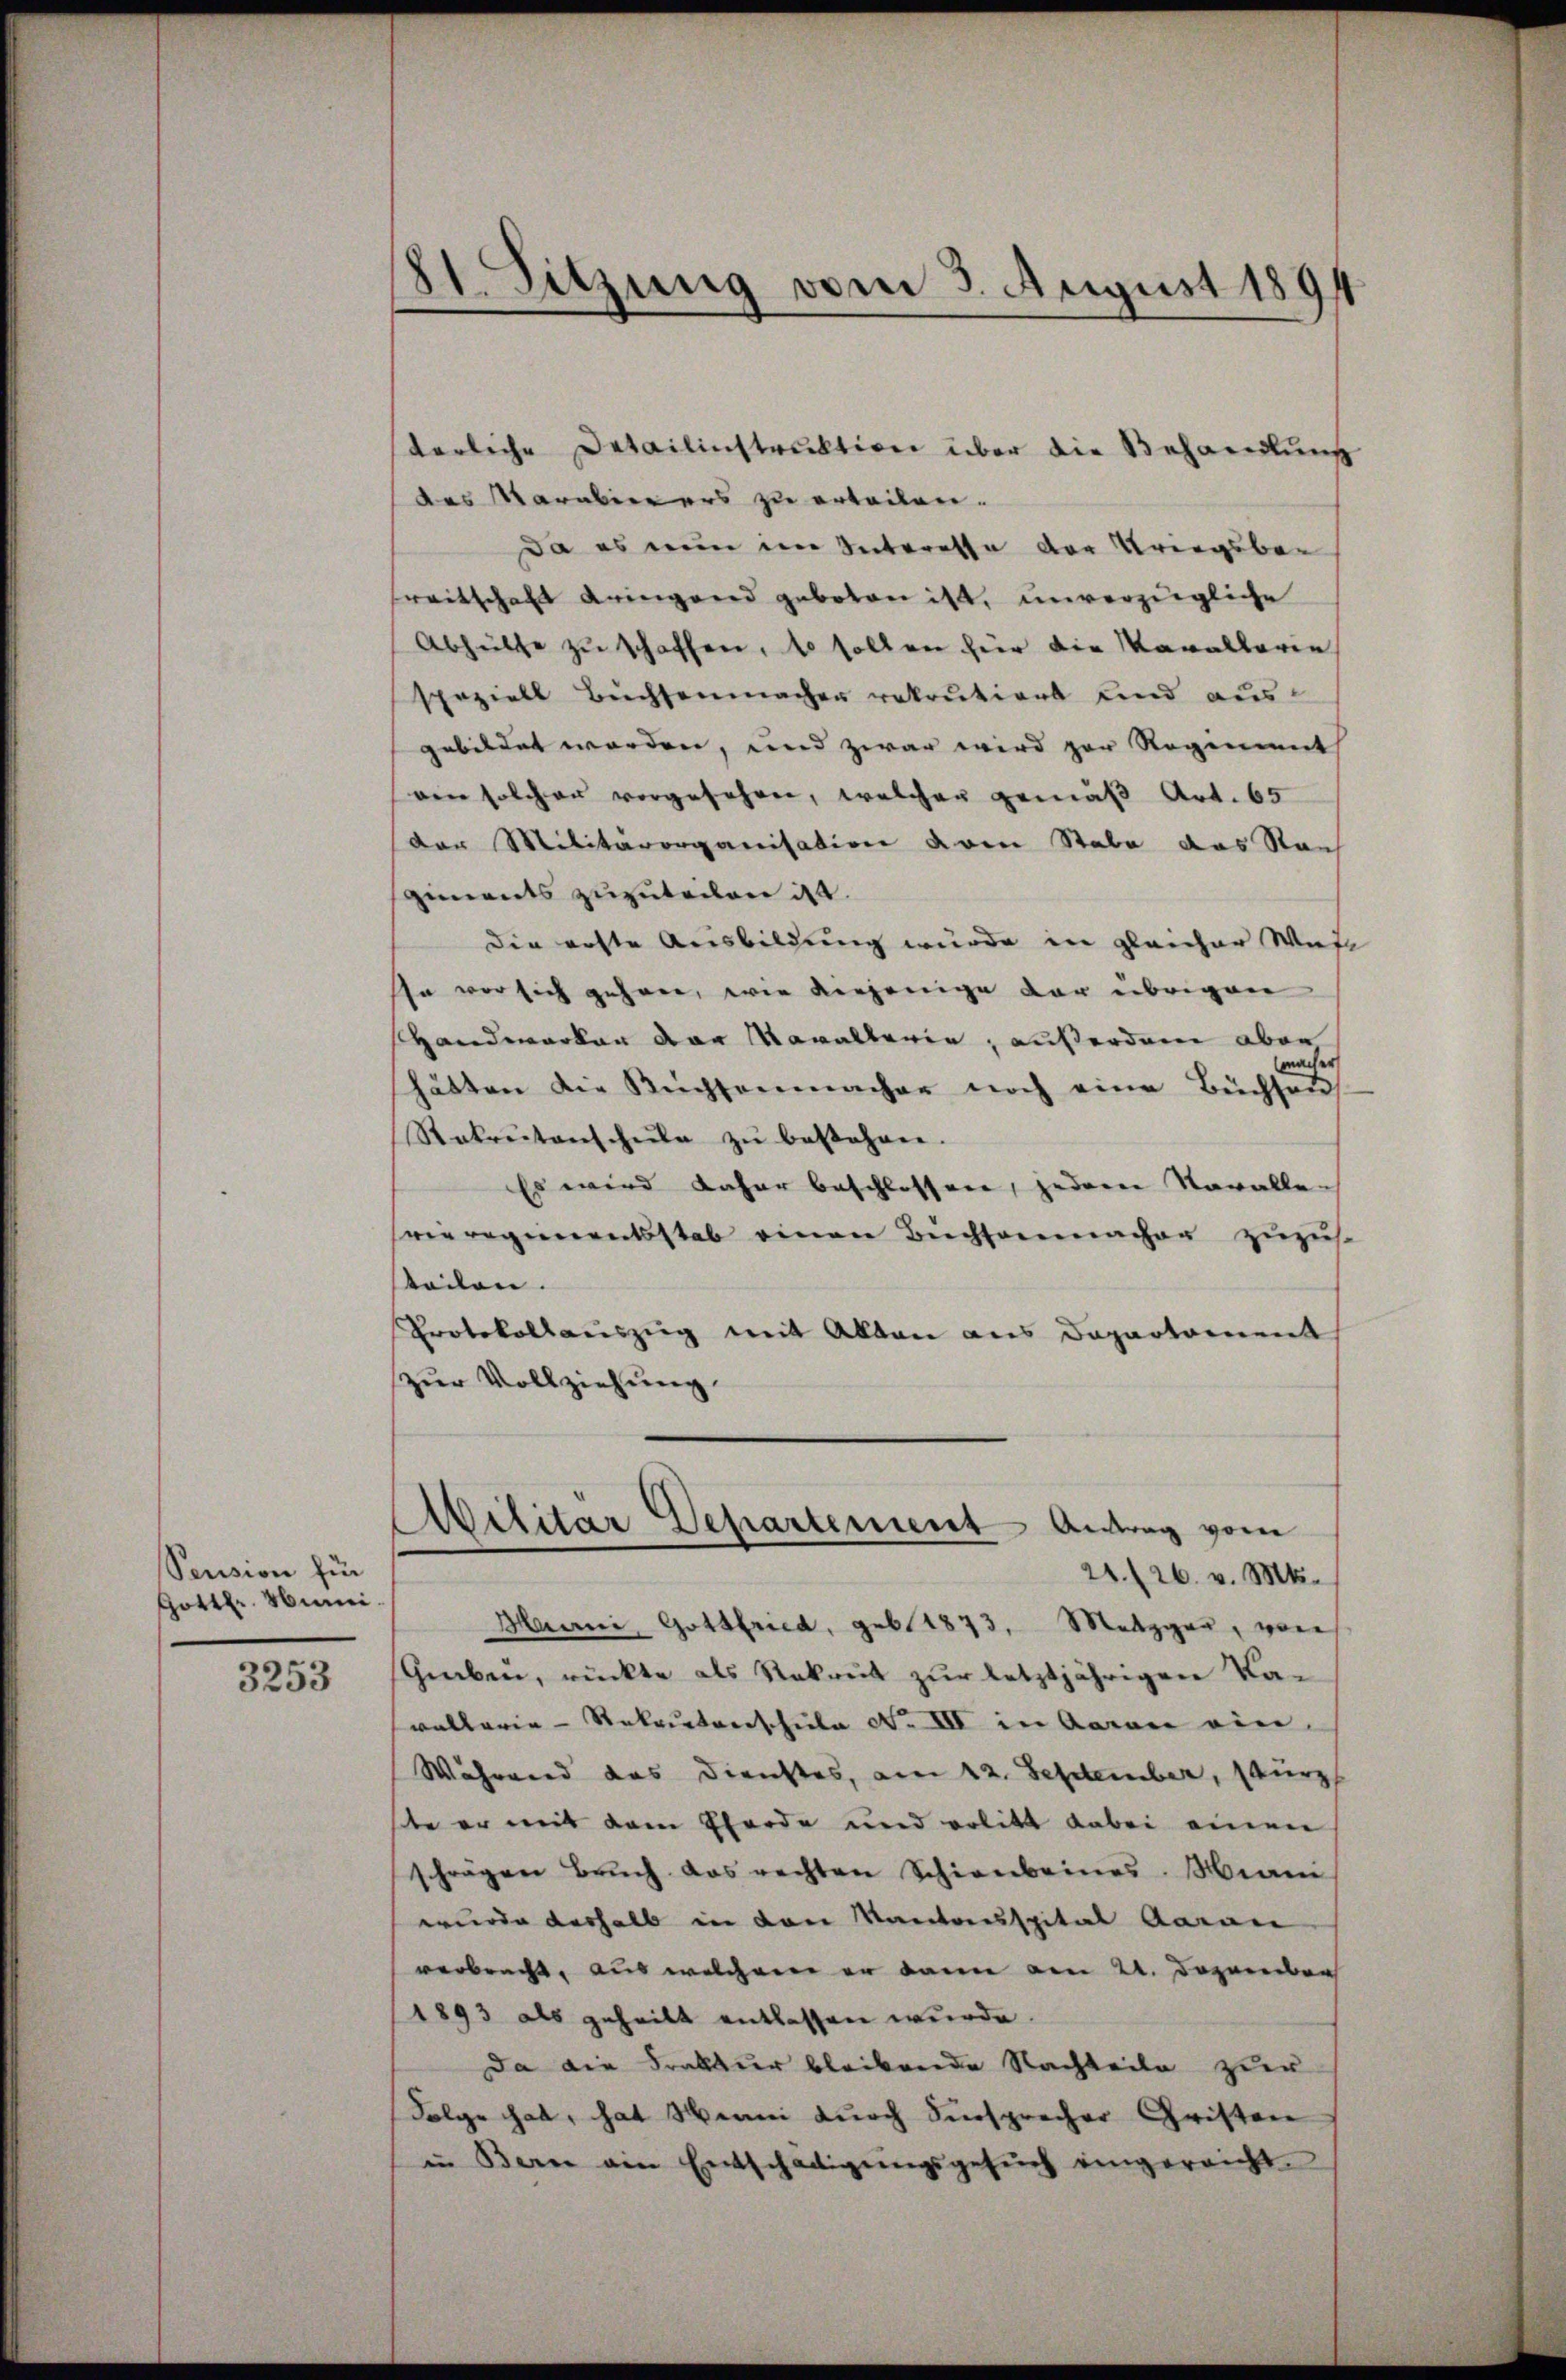
Sension für
Gottfr. unei

3253

81. Sitzung vom 3. August 1894

terliche Detailinstruktion über die Behandlung
des arabierers zu erteilen.
da es nun im Interesse der Kriegsber
reitschaft eringend geboten ist, unverzügliche
Abhülfe zu schaffen, so sollen für die Marallarie
speziell Buchsenmacher rekrutiert und ausgebildet worden, und zwar wird zur Regiment
ven solcher vorgesehen, welcher gemäß Art. 65
der Militärorganisation deren Stabe das Nach
giments zuzuteilen ist.
Die ärzte Ausbildung wurde in gleicher Wietl
sa vor sich gehen, wie diejenige der übrigen
Handwerken der Moralterie, außerdem aber
macher
hätten die Küchsenmacher noch eine Büchsen
Stakrŭtanschŭle zŭ bestehen.
Es wird daher beschlossen, jedem Voralle
vieregierentsstab einen Büchsenmacher zuzust
teilen.
Protokollauszug mit Alten aus Departement
zur Vollziehung
Militär Departement Antrag vom
21. 26. v. Mts.
Hanni, Gottfried, geb. 1873, Metzger, von
Graben, rückte als Rekreit zur letztjährigen Kavallerie-Rekrutverschule No III in Garan ein¬
Während das Dienstes, am 22. September, kurz
ste er mit dem Eferde und erlitt dabei einen
schrägen Bruch das rechten Schienbeines. Miani
wurde deshalb in von Kantonspital Garan
verbracht, aus welchere er dann am 21. Dezember
1893 als geheilt entlassen wurde
Da die Frauer bleibende Nachteile zur
Folge hat, hat Manni durch Fürsprecher Christen
in Berne am Entschädigungsgesuch eingereicht.